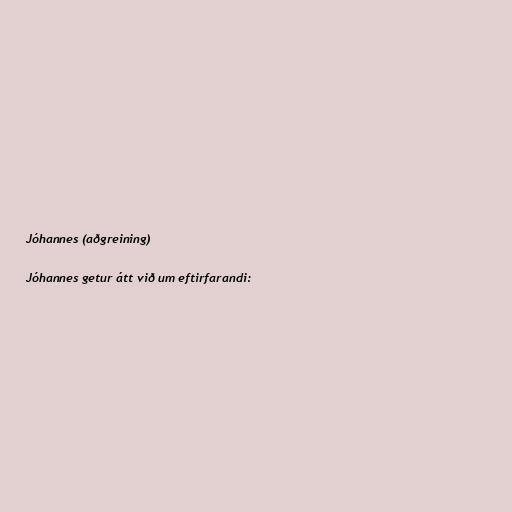
Jóhannes (aðgreining)

Jóhannes getur átt við um eftirfarandi: